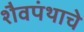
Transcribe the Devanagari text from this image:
शैवपंथाचे